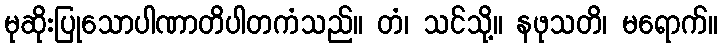
မုဆိုးပြုသောပါဏာတိပါတကံသည်။ တံ၊ သင်သို့။ နဖုသတိ၊ မရောက်။